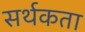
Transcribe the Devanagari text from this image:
सर्थकता